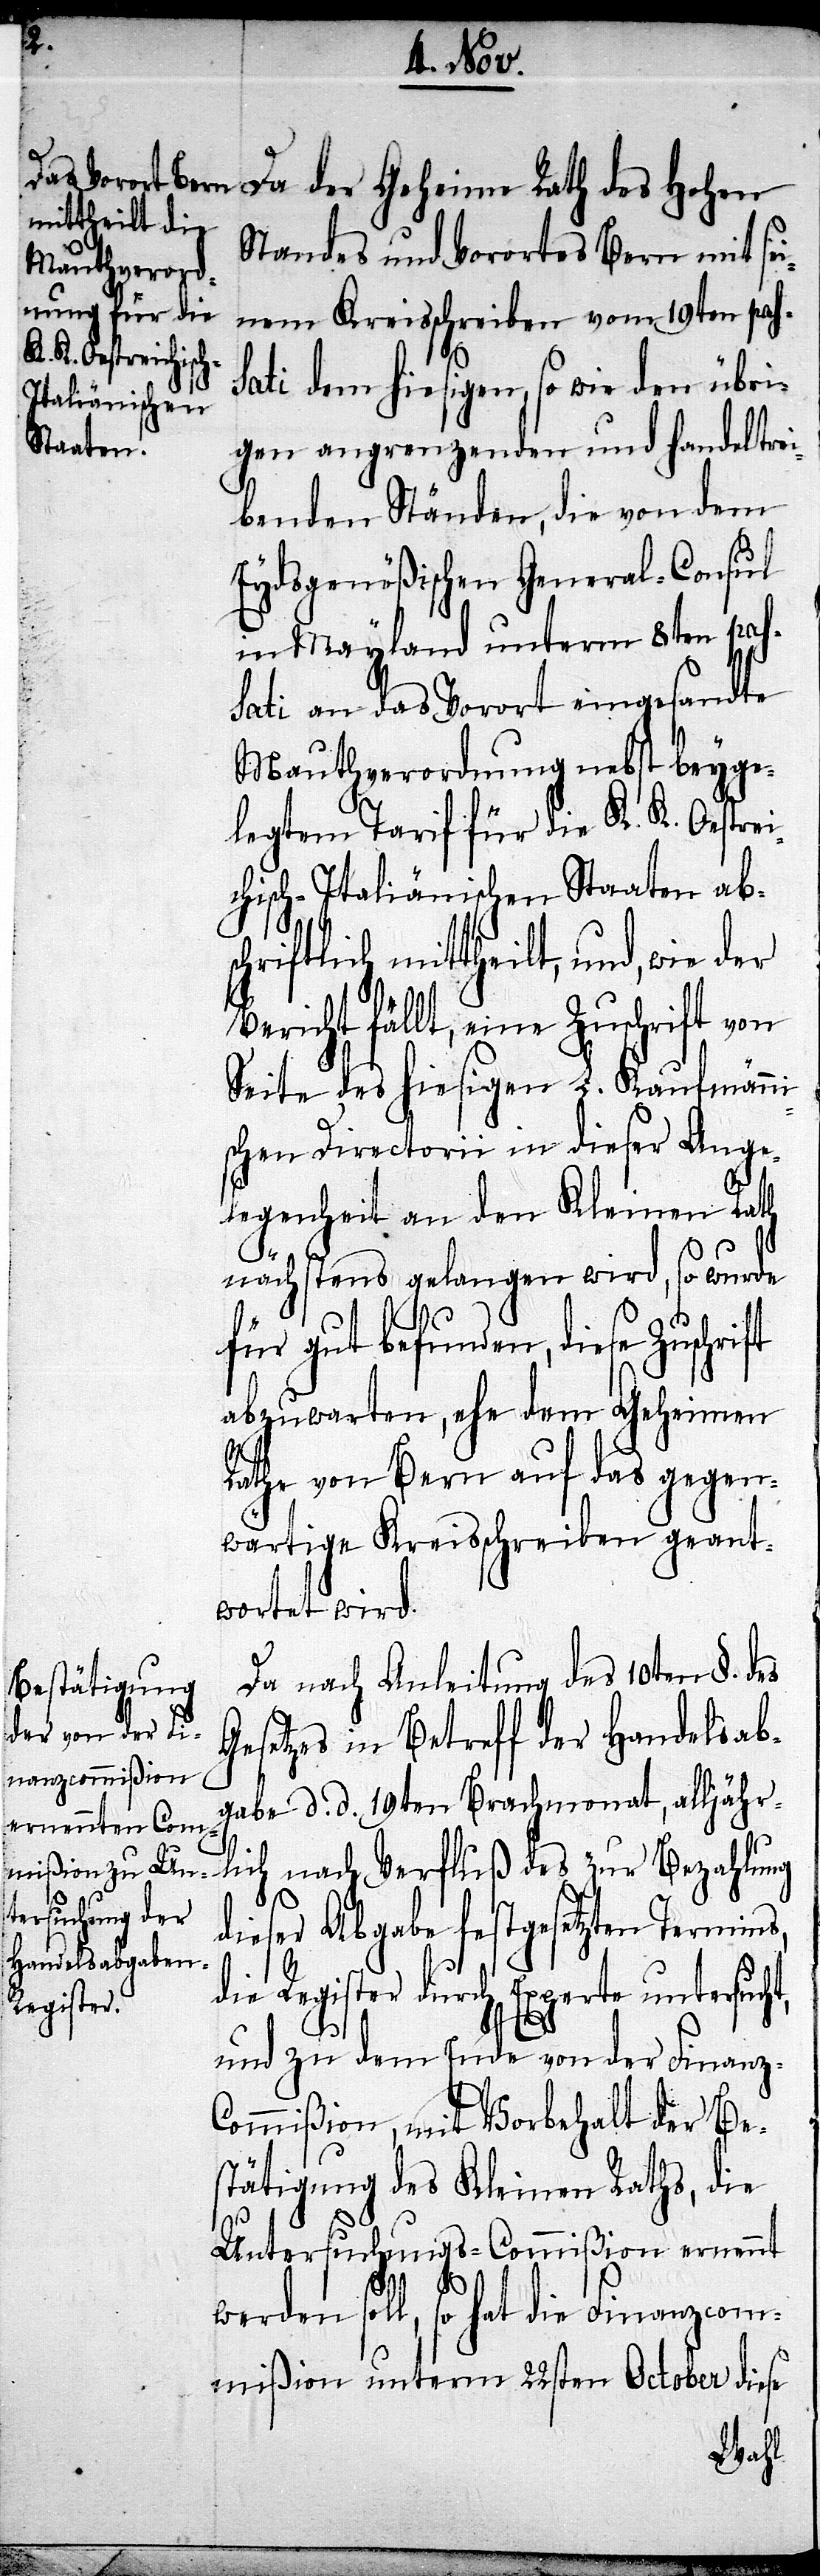
t,

Da der Geheime Rath des Hohen
Standes und Vorortes Bern mit sei¬
nem Kreisschreiben vom 19ten pas¬
sati dem hiesigen, so wie den übri¬
gen angrenzenden und handeltrei¬
benden Ständen, die von dem
Eydsgenößischen General-Consul
in Mayland unter 8ten pas¬
sati an das Vorort eingesandte
Mauthverordnung nebst beyge¬
legtem Tarif für die K. K. Oestrei¬
chisch-Italiänischen Staaten abs¬
chriftlich mitgetheilt, und,
Bericht fällt, eine Zuschrift von
Seite des hiesigen L. Kaufmänni¬
schen Directorii in dieser Ange¬
legenheit an den Kleinen Rath
nächstens gelangen wird, so wurde
für gut befunden, diese Zuschri¬
abzuwarten, ehe dem Geheimen
Rathe von Bern auf das gegen¬
wärtige Kreisschreiben geant¬
wortet wird.
Da nach Anleitung des 10ten §. des
Gesetzes in Betreff der Handelsab¬
gabe d. d. 19ten Brachmonat, alljähr¬
lich nach Verfluß des zur Bezahlung
dieser Abgabe festgesetzten Termins,
die Register durch Experten untersuch¬
und zu dem Ende von der Finanz-C¬
ommißion, mit Vorbehalt der Bes¬
tätigung des Kleinen Raths, die
Untersuchungs-Commißion ernennt
werden soll, so hat die Finanzcom¬
mißion unterm 22sten October diese